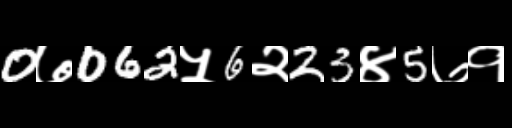
Text: 0७062५6२23४5७१